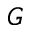
G